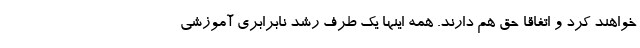
خواهند کرد و اتفاقاً حق هم دارند. همه اینها یک طرف رشد نابرابری آموزشی